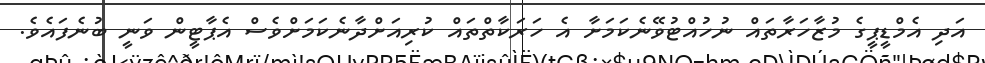
އަދި އެމްޑީޕީގެ މުޒާހަރާތައް ނުހުއްޓުވޭނެކަމަށާ އެ ހަރަކާތްތައް ކުރިއަށްދާނެކަމަށްވެސް އެޕާޓީން ވަނީ ބުނެފައެވެ.